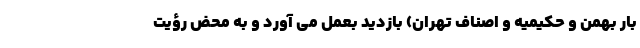
بار بهمن و حکیمیه و اصناف تهران) بازدید بعمل می آورد و به محض رؤیت